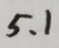
5 . 1